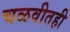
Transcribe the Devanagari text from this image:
चळवीतही